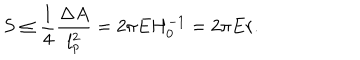
S \leq \frac { 1 } { 4 } \frac { \Delta A } { l _ { p } ^ { 2 } } = 2 \pi E H _ { 0 } ^ { - 1 } = 2 \pi E r .